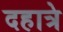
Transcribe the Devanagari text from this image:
दहात्रे